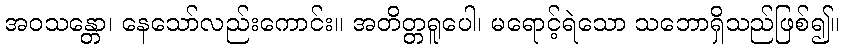
အဝသန္တော၊ နေသော်လည်းကောင်း။ အတိတ္တရူပေါ၊ မရောင့်ရဲသော သဘောရှိသည်ဖြစ်၍။